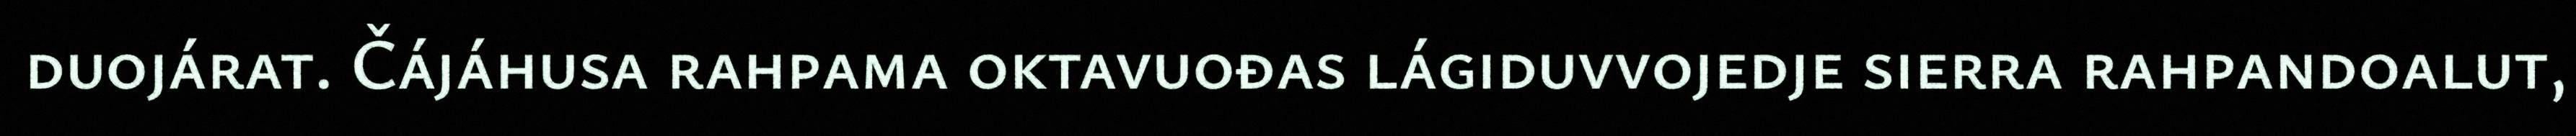
duojárat. Čájáhusa rahpama oktavuođas lágiduvvojedje sierra rahpandoalut,